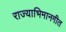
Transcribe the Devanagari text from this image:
राज्याभिमानगीत